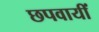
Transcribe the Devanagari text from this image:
छपवायीं